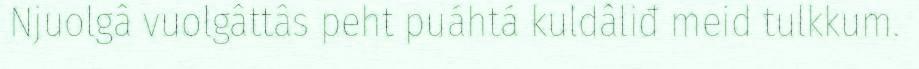
Njuolgâ vuolgâttâs peht puáhtá kuldâliđ meid tulkkum.